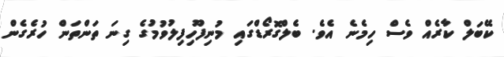
ކޭބަލް ކާރެއް ވެސް ހިމެނެ އެވެ. ބެލްގޮރޯޑްގައި މުނިފޫހިފިލުވުމުގެ ގިނަ ތަންތަން ހުރެގެން